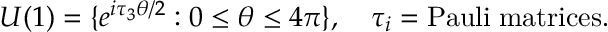
U ( 1 ) = \{ e ^ { i { \tau } _ { 3 } \theta / 2 } : 0 \leq \theta \leq 4 \pi \} , \quad { \tau } _ { i } = \mathrm { P a u l i \; m a t r i c e s } .